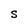
Character: S